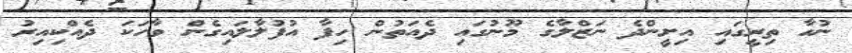
ނުހާ ތިރީގައި އިށީންދެ ނަޒްލާގެ މޫނުގައި ދެއަތުން ހިފާ އުފުލާލައިގެން ވާހަކަ ދެއްކިއިރު